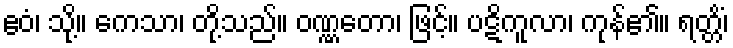
ဧဝံ၊ သို့။ ကေသာ၊ တို့သည်။ ဝဏ္ဏတော၊ ဖြင့်။ ပဋိကူလာ၊ ကုန်၏။ ရတ္တိံ၊